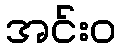
အင်းဝ